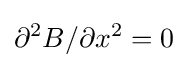
\partial ^{2}B/\partial x^{2}=0